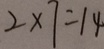
2 \times 7 = 1 4